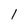
Character: 1